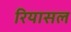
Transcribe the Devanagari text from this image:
रियासल